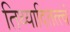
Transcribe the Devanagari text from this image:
तिथ्यादितत्त्वं